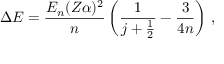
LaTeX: \Delta E = { \frac { E _ { n } ( Z \alpha ) ^ { 2 } } { n } } \left( { \frac { 1 } { j + { \frac { 1 } { 2 } } } } - { \frac { 3 } { 4 n } } \right) \, ,